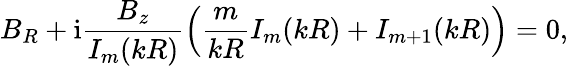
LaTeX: B_{R}+\mathrm{i}\frac{B_{z}}{I_{m}(kR)}\left(\frac{m}{kR}I_{m}(kR)+I_{m+1}(kR)\right)=0,